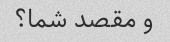
و مقصد شما؟